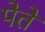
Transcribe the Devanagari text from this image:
पेते